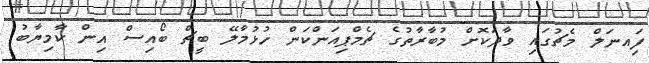
ފަިއނަލް މެޗުގައި ވާދަކޮށް މުބާރާތުގެ ޗެމްޕިއަންކަން ހުޅުމާލޭ ބީޗް ބޯއިސް އިން ކާމިޔާބު